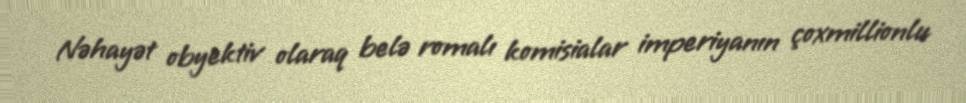
Nəhayət obyektiv olaraq belə romalı komisialar imperiyanın çoxmillionlu